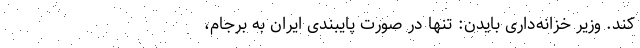
کند. وزیر خزانه‌داری بایدن: تنها در صورت پایبندی ایران به برجام،